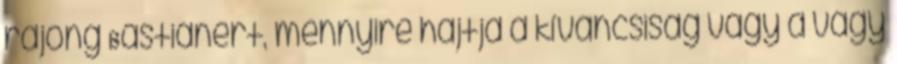
rajong Bastiánért, mennyire hajtja a kíváncsiság vagy a vágy